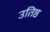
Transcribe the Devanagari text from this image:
उतिष्ठ